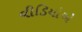
વીડિયોએ